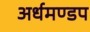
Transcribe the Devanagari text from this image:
अर्धमण्डप